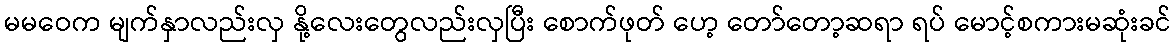
မမဝေက မျက်နှာလည်းလှ နို့လေးတွေလည်းလှပြီး စောက်ဖုတ် ဟေ့ တော်တော့ဆရာ ရပ် မောင့်စကားမဆုံးခင်